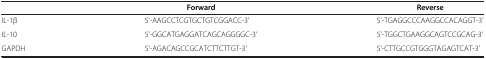
<table><thead><tr><td><b> </b></td><td><b>Forward</b></td><td><b>Reverse</b></td></tr></thead><tbody><tr><td>IL-1β</td><td>5’-AAGCCTCGTGCTGTCGGACC-3’</td><td>5’-TGAGGCCCAAGGCCACAGGT-3’</td></tr><tr><td>IL-10</td><td>5’-GGCATGAGGATCAGCAGGGGC-3’</td><td>5’-TGGCTGAAGGCAGTCCGCAG-3’</td></tr><tr><td>GAPDH</td><td>5’-AGACAGCCGCATCTTCTTGT-3’</td><td>5’-CTTGCCGTGGGTAGAGTCAT-3’</td></tr></tbody></table>